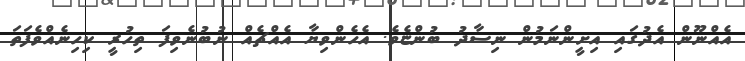
އެއްނޫން އެދުގައި އިށީންނަމުން ނިސާދު ބުންޏެވެ. އެހެންވިޔާ އެއްޗެއް ނުބުނެވިފަ ތިހުރީ ކިހިނެއްވެފަތަ